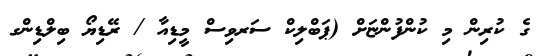
ގެ ކުރިން މި ކުންފުންޏަށް (ޕަބްލިކް ސަރވިސް މީޑިއާ / ރޭޑިޔޯ ބިލްޑިންގ